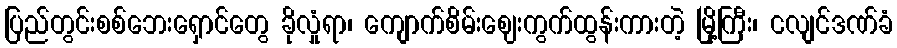
ပြည်တွင်းစစ်ဘေးရှောင်တွေ ခိုလှုံရာ၊ ကျောက်စိမ်းဈေးကွက်ထွန်းကားတဲ့ မြို့ကြီး၊ ငလျင်ဒဏ်ခံ